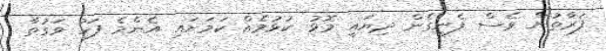
ފަރާތުން ވެސް ފެނިގެން ދިޔައީ މޮޅު ކުޅުމެއް ކަމަށައި އެންމެ ފަހު ވަގުތާ